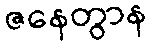
ဇနေတွာန